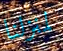
لمنزلنا